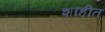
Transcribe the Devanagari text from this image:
शाहीत